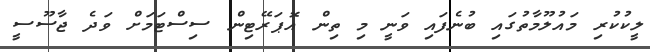
ލީކުކުރި މައުލޫމާތުގައި ބުނެފައި ވަނީ މި ތިން އޮޕަރޭޓިން ސިސްޓަމަށް ވަދެ ޖާސޫސީ